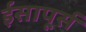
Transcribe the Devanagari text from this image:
ईसापूर्स